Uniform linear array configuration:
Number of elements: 64
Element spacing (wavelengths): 0.75
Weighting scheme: blackman
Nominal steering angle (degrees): -30
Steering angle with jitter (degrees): -29.809
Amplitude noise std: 0.05
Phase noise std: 0.05

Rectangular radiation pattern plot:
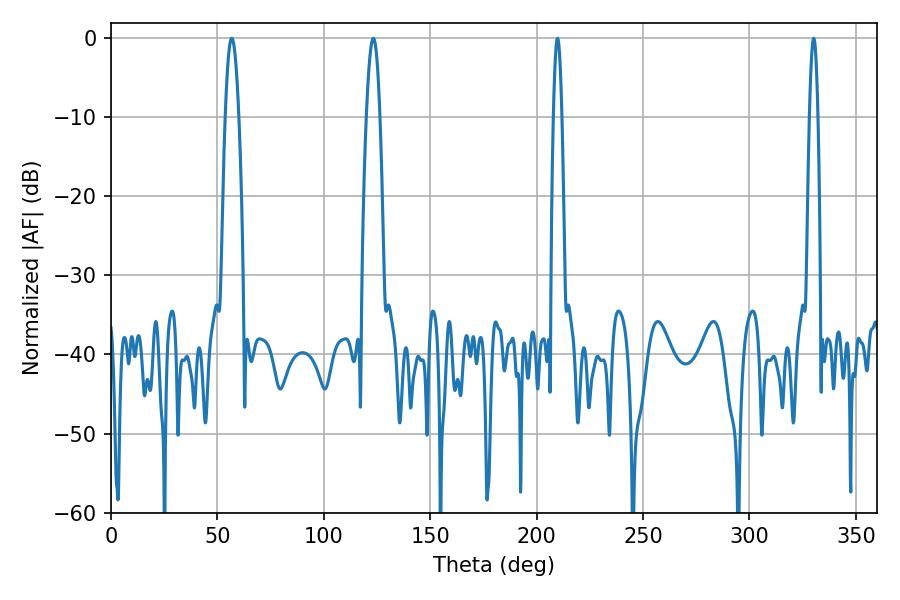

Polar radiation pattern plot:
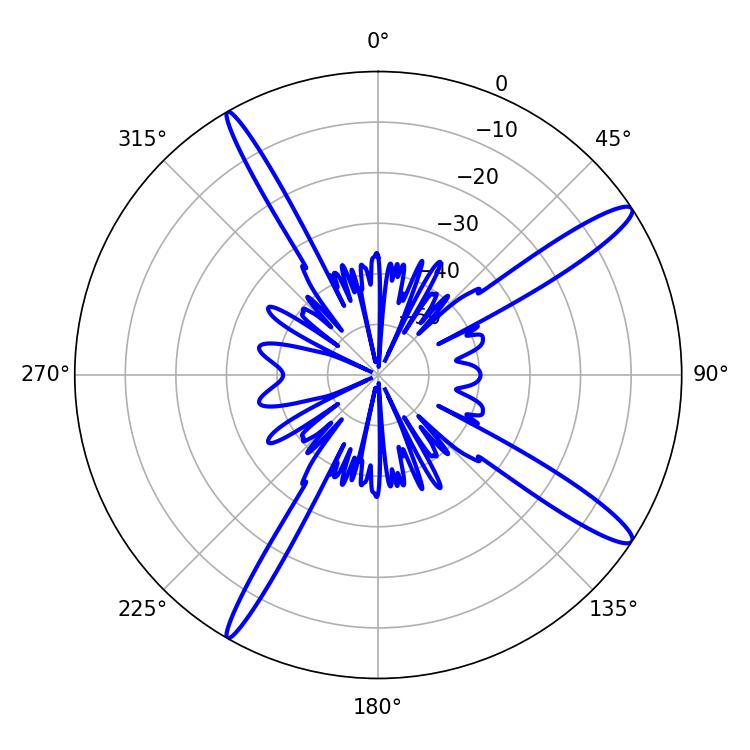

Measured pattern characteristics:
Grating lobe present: TRUE
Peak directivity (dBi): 14.587
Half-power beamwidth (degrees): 3.42
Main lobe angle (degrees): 123.3